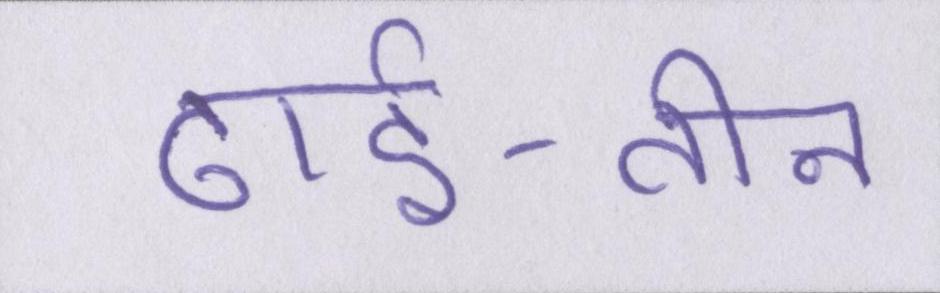
ढाई-तीन